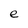
Character: e